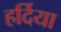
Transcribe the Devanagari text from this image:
हर्दिया